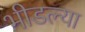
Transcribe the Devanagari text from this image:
भीडल्या